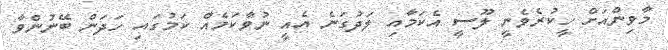
މާވިންއަށް ހީކުރެވެނީ ލޫސީ އެކަމާއި ލަދުގަނެ އެއީ ނުވާކަމެއް ކަމުގައި ހަދަން ބޭނުންވާ